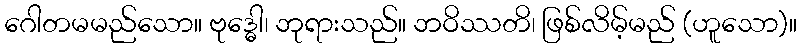
ဂေါတမမည်သော။ ဗုဒ္ဓေါ၊ ဘုရားသည်။ ဘဝိဿတိ၊ ဖြစ်လိမ့်မည် (ဟူသော)။